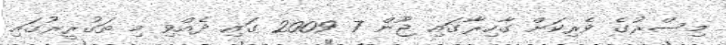
މިސްރުގެ ވެރިކަށް ގާހިރާގައި ޖޫން 7 2009 ގައި ދެއްވި މި ތަގުރީރުގައި